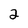
Character: 2